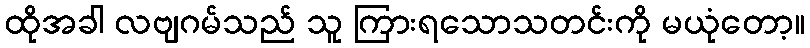
ထိုအခါ လဗျဂမ်သည် သူ ကြားရသောသတင်းကို မယုံတော့။